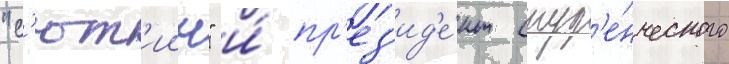
"с'ют'иин" и́ пр'ез'ид'е́нт студ'е́нческого